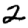
Digit: 2